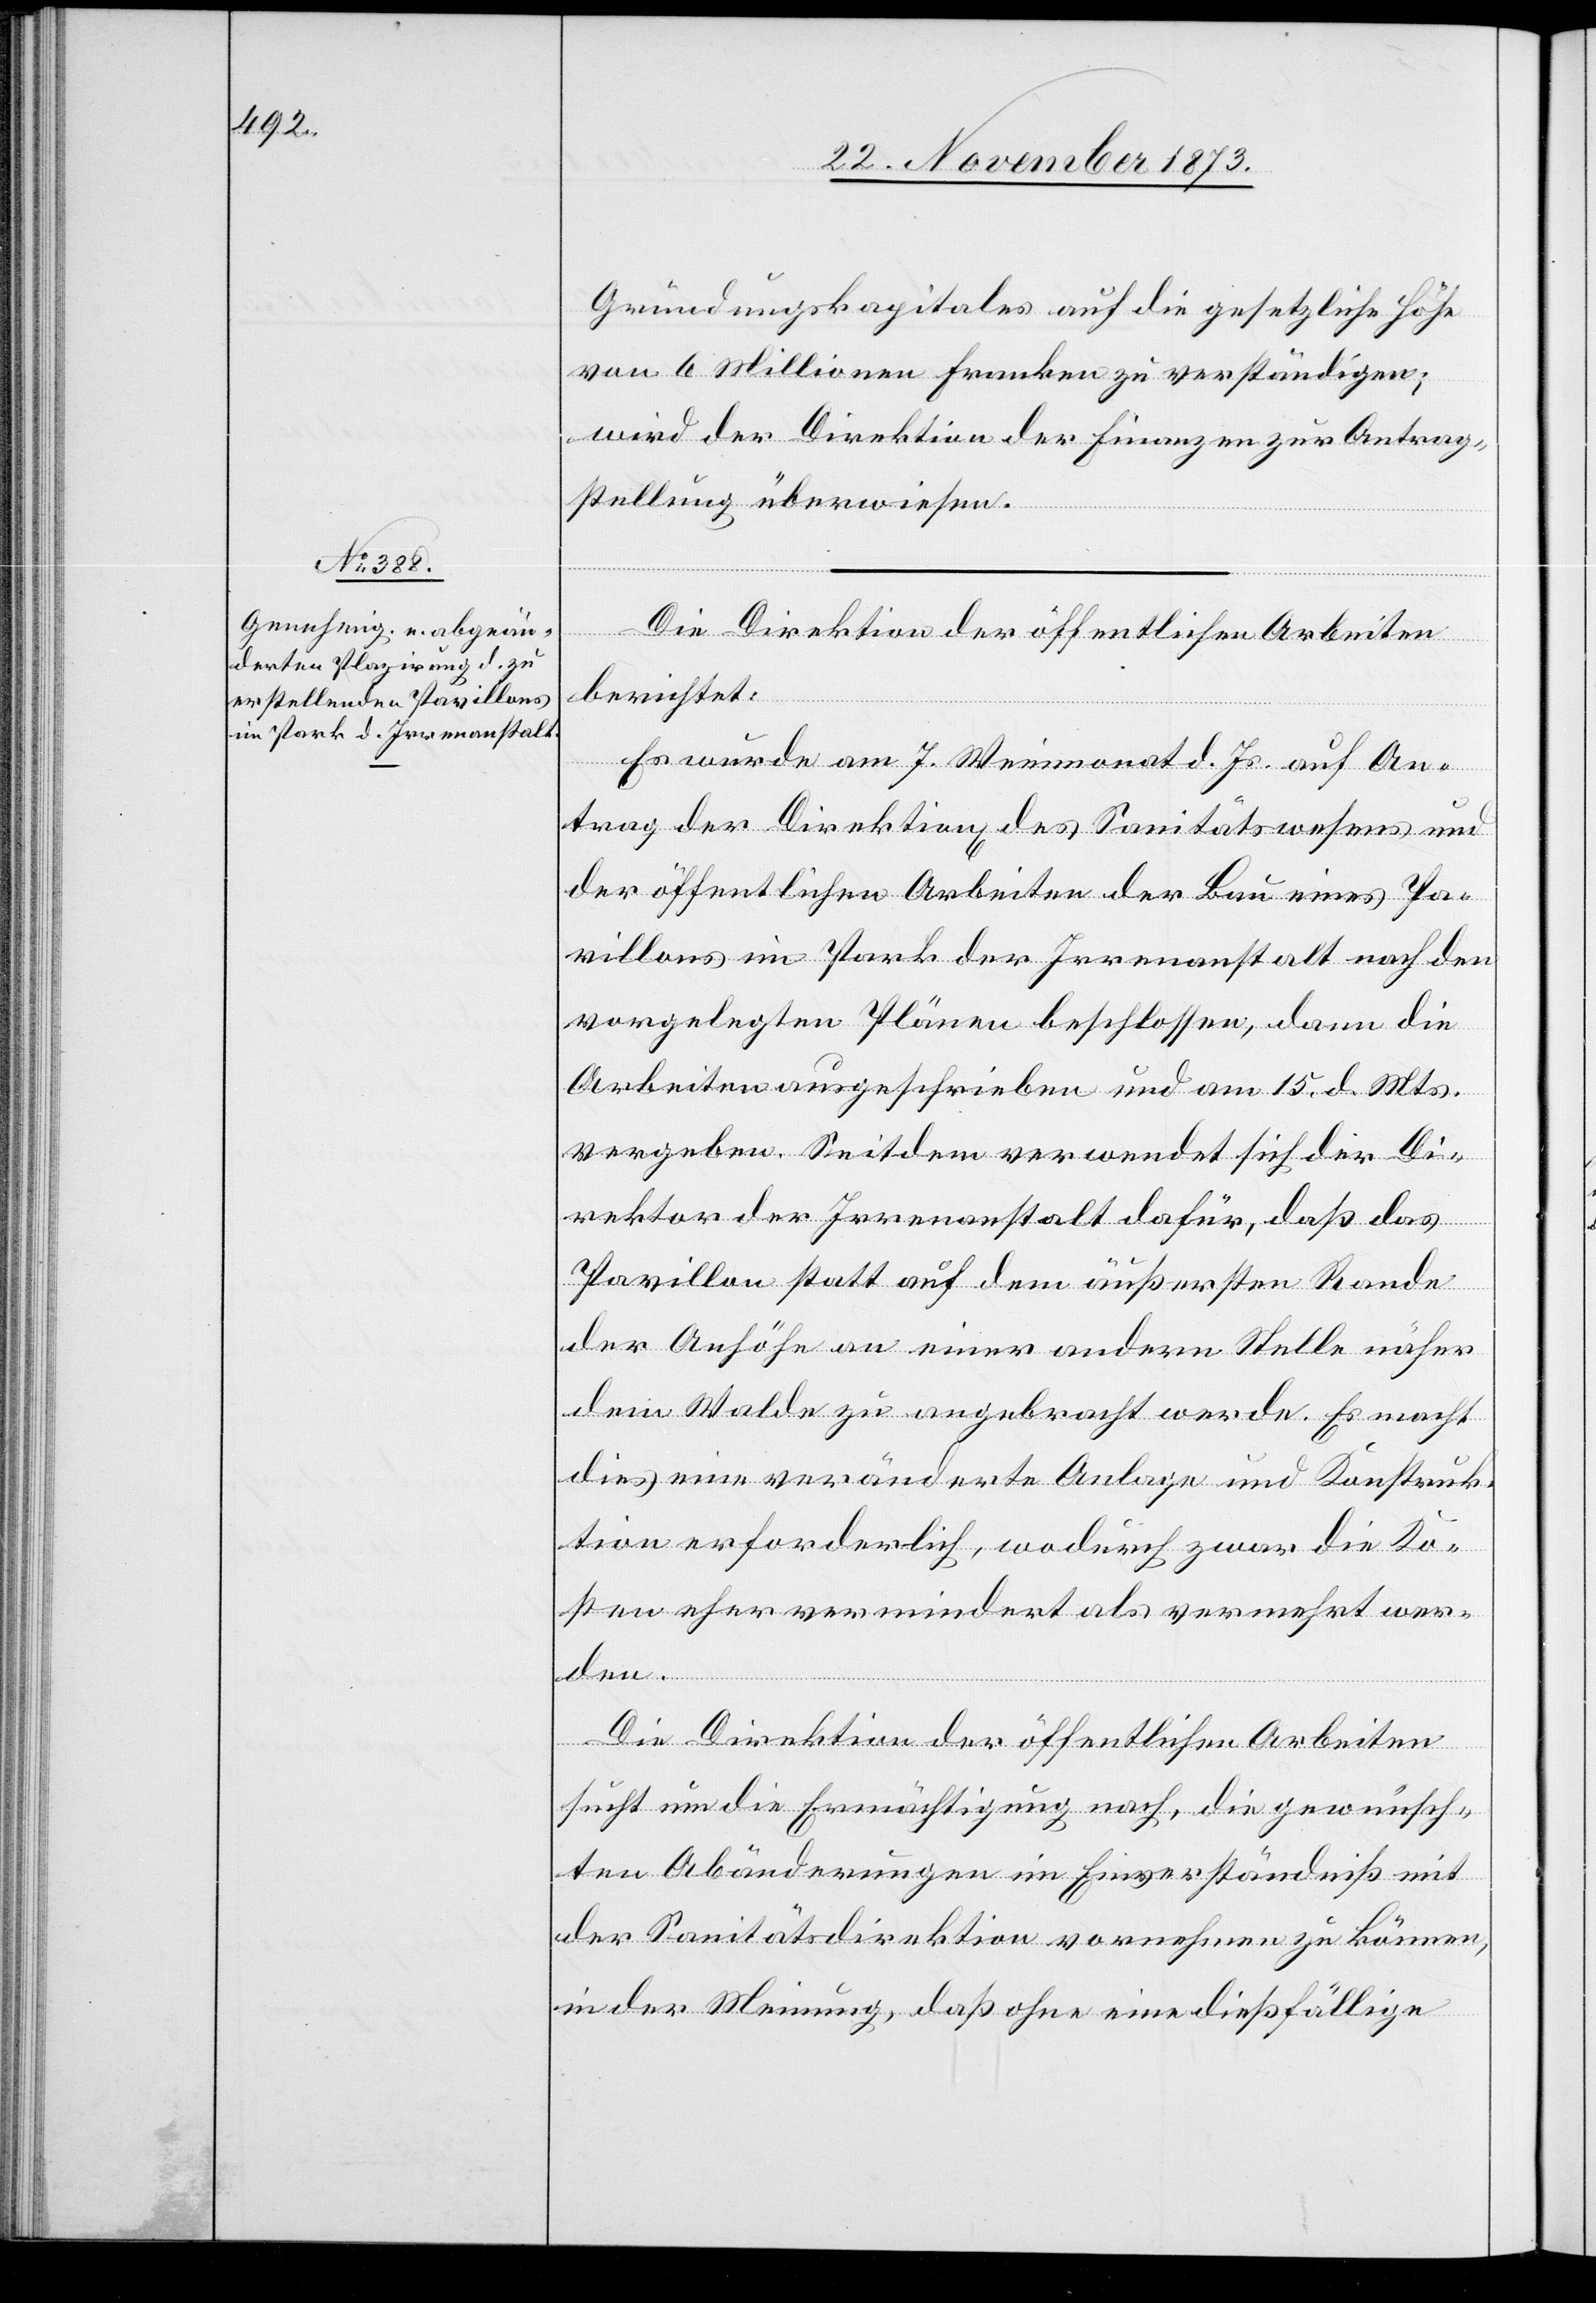
Gründungskapitales auf die gesetzliche Höhe
von 6 Millionen Franken zu verständigen;
wird der Direktion der Finanzen zur Antrag¬
stellung überwiesen.
Die Direktion der öffentlichen Arbeiten
berichtet:
Es wurde am 7. Weinmonat d. Js. auf An¬
trag der Direktion[en] des Sanitätswesens und
der öffentlichen Arbeiten der Bau eines Pa¬
villons im Park der Irrenanstalt nach den
vorgelegten Plänen beschlossen, dann die
Arbeiten ausgeschrieben und am 15. d. Mts.
vergeben. Seitdem verwendet sich der Di¬
rektor der Irrenanstalt dafür, daß das
Pavillon statt auf dem äußersten Rande
der Anhöhe an einer andern Stelle näher
dem Walde zu angebracht werde. Es macht
dies eine veränderte Anlage und Konstruk¬
tion erforderlich, wodurch zwar die Ko¬
sten eher vermindert als vermehrt wer¬
den.
Die Direktion der öffentlichen Arbeiten
sucht um die Ermächtigung nach, die gewünsch¬
ten Abänderungen im Einverständniß mit
der Sanitätsdirektion vornehmen zu können,
in der Meinung, daß ohne eine dießfällige